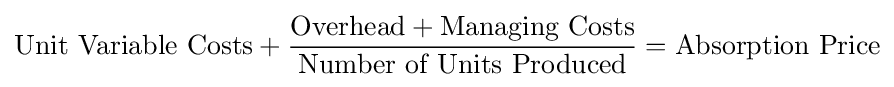
{\text{Unit Variable Costs}}+{\frac {{\text{Overhead}}+{\text{Managing Costs}}}{\text{Number of Units Produced}}}={\text{Absorption Price}}